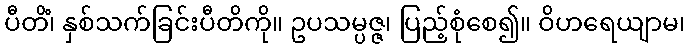
ပီတိံ၊ နှစ်သက်ခြင်းပီတိကို။ ဥပသမ္ပဇ္ဇ၊ ပြည့်စုံစေ၍။ ဝိဟရေယျာမ၊